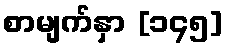
စာမျက်နှာ [၁၄၅]